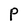
Character: P